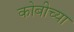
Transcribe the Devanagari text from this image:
कोबीच्या